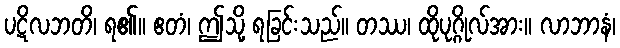
ပဋိလဘတိ၊ ရ၏။ ဧတံ၊ ဤသို့ ရခြင်းသည်။ တဿ၊ ထိုပုဂ္ဂိုလ်အား။ လာဘာနံ၊